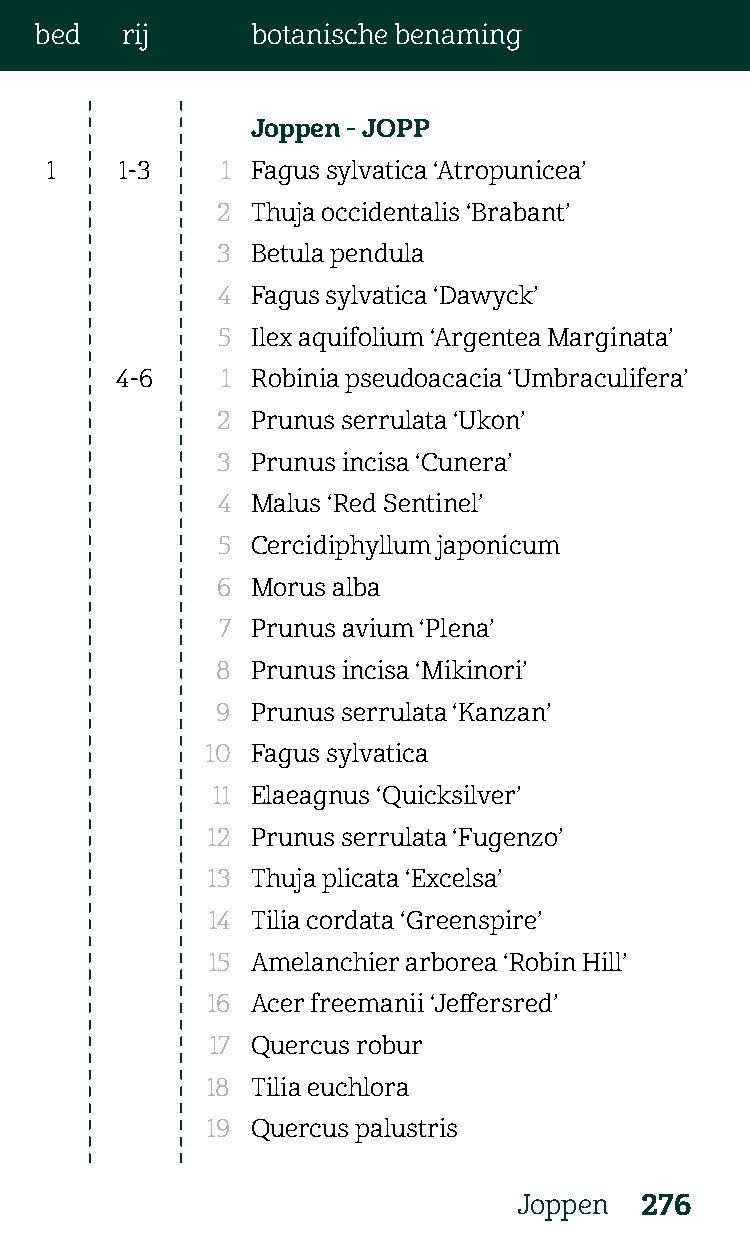
bed   rij      botanische benaming
 Joppen - JOPP
 1    1-3    1 Fagus sylvatica ‘Atropunicea’
 2  Thuja occidentalis ‘Brabant’
 3  Betula pendula
 4  Fagus sylvatica ‘Dawyck’
 5  Ilex aquifolium ‘Argentea Marginata’
 4-6    1 Robinia pseudoacacia ‘Umbraculifera’
 2  Prunus serrulata ‘Ukon’
 3  Prunus incisa ‘Cunera’
 4  Malus ‘Red Sentinel’
 5  Cercidiphyllum japonicum
 6  Morus alba
 7  Prunus avium ‘Plena’
 8  Prunus incisa ‘Mikinori’
 9  Prunus serrulata ‘Kanzan’
 10 Fagus sylvatica
 11 Elaeagnus ‘Quicksilver’
 12 Prunus serrulata ‘Fugenzo’
 13 Thuja plicata ‘Excelsa’
 14 Tilia cordata ‘Greenspire’
 15 Amelanchier arborea ‘Robin Hill’
 16 Acer freemanii ‘Jeffersred’
 17 Quercus robur
 18 Tilia euchlora
 19 Quercus palustris
 Joppen  276